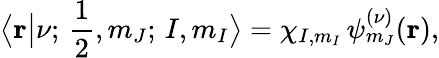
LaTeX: \big\langle\mathbf{r}\big|\nu;\, \frac{1}{2},m_{J};\, I,m_{I}\big\rangle=\chi_{I,m_{I}}\, \psi_{m_{J}}^{(\nu)}(\mathbf{r}),